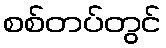
စစ်တပ်တွင်